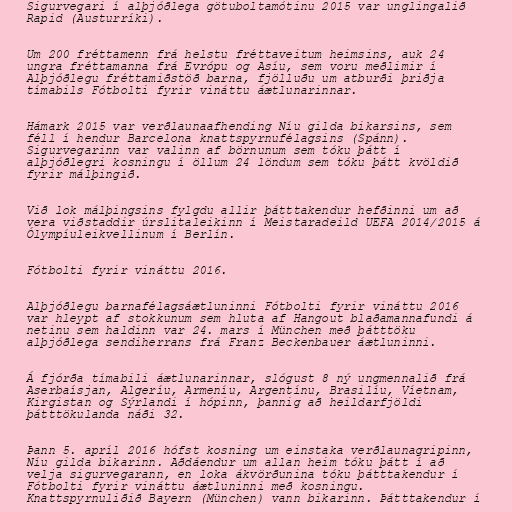
Sigurvegari í alþjóðlega götuboltamótinu 2015 var unglingalið
Rapid (Austurríki).

Um 200 fréttamenn frá helstu fréttaveitum heimsins, auk 24
ungra fréttamanna frá Evrópu og Asíu, sem voru meðlimir í
Alþjóðlegu fréttamiðstöð barna, fjölluðu um atburði þriðja
tímabils Fótbolti fyrir vináttu áætlunarinnar.

Hámark 2015 var verðlaunaafhending Níu gilda bikarsins, sem
féll í hendur Barcelona knattspyrnufélagsins (Spánn).
Sigurvegarinn var valinn af börnunum sem tóku þátt í
alþjóðlegri kosningu í öllum 24 löndum sem tóku þátt kvöldið
fyrir málþingið.

Við lok málþingsins fylgdu allir þátttakendur hefðinni um að
vera viðstaddir úrslitaleikinn í Meistaradeild UEFA 2014/2015 á
Ólympíuleikvellinum í Berlín.

Fótbolti fyrir vináttu 2016.

Alþjóðlegu barnafélagsáætluninni Fótbolti fyrir vináttu 2016
var hleypt af stokkunum sem hluta af Hangout blaðamannafundi á
netinu sem haldinn var 24. mars í München með þátttöku
alþjóðlega sendiherrans frá Franz Beckenbauer áætluninni.

Á fjórða tímabili áætlunarinnar, slógust 8 ný ungmennalið frá
Aserbaísjan, Algeríu, Armeníu, Argentínu, Brasilíu, Víetnam,
Kirgistan og Sýrlandi í hópinn, þannig að heildarfjöldi
þátttökulanda náði 32.

Þann 5. apríl 2016 hófst kosning um einstaka verðlaunagripinn,
Níu gilda bikarinn. Aðdáendur um allan heim tóku þátt í að
velja sigurvegarann, en loka ákvörðunina tóku þátttakendur í
Fótbolti fyrir vináttu áætluninni með kosningu.
Knattspyrnuliðið Bayern (München) vann bikarinn. Þátttakendur í